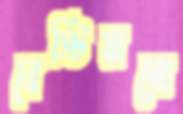
ব্রেস্টিয়ানো